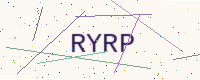
Text: RYRP